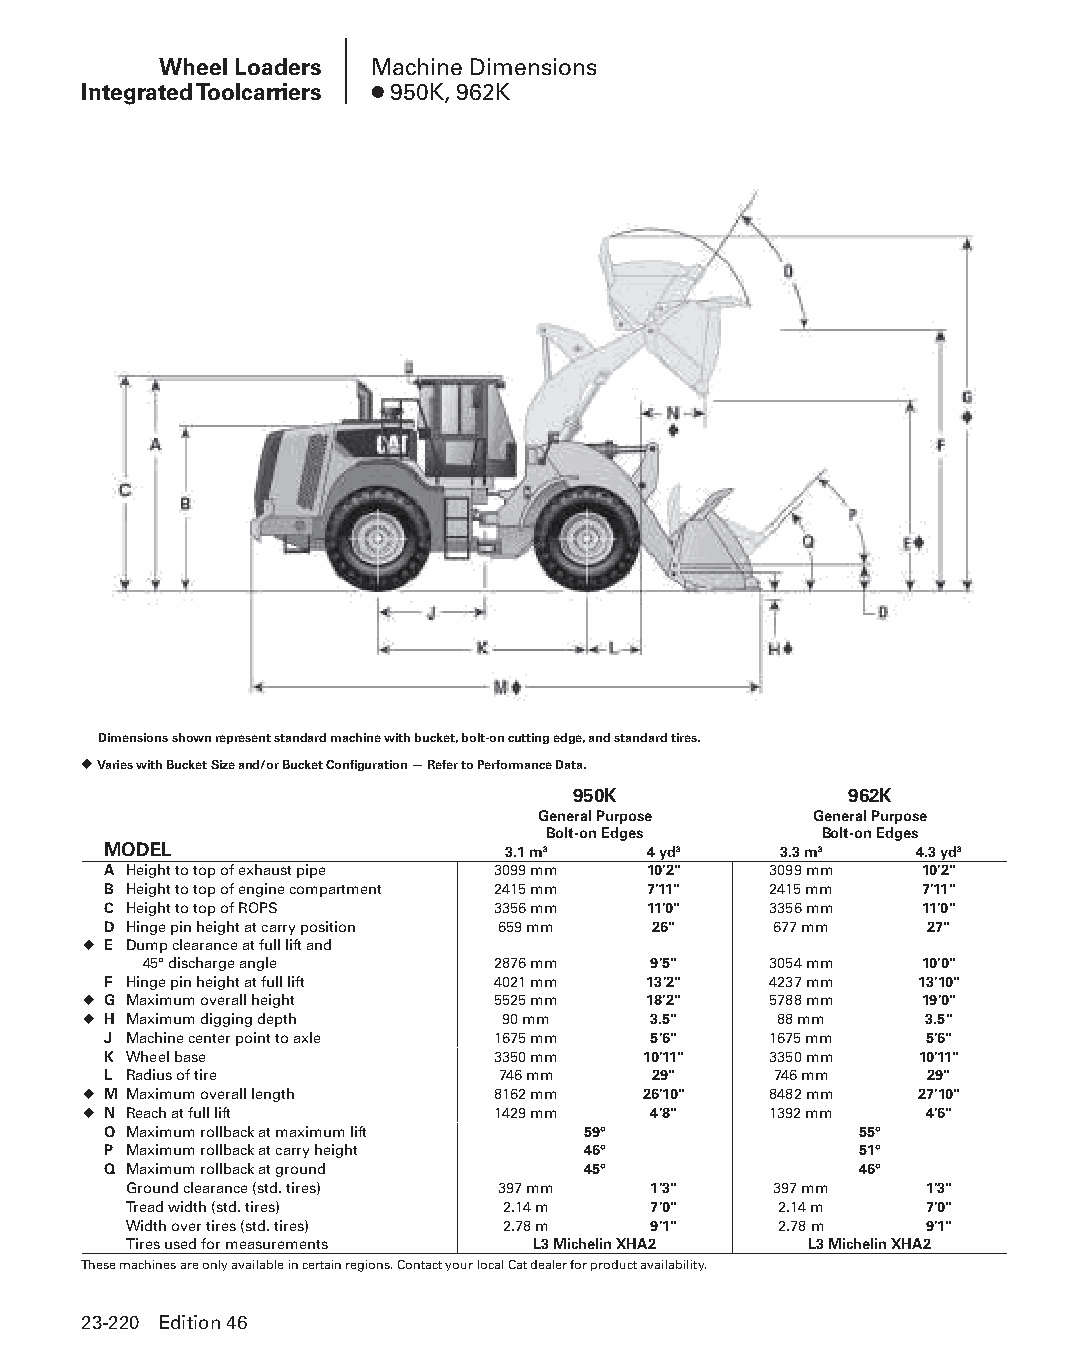
Wheel Loaders Machine Dimensions
 Integrated Toolcarriers ● 950K, 962K
 Dimensions shown represent standard machine with bucket, bolt-on cutting edge, and standard tires.
 ◆ Varies with Bucket Size and/or Bucket Configuration — Refer to Performance Data.
 950K               962K
 General Purpose   General Purpose
 Bolt-on Edges     Bolt-on Edges
 MODEL                      3.1 m3   4 yd3    3.3 m3   4.3 yd3
 A Height to top of exhaust pipe 3099 mm 10'2" 3099 mm 10'2"
 B Height to top of engine compartment 2415 mm 7'11" 2415 mm 7'11"
 C Height to top of ROPS   3356 mm   11'0"   3356 mm   11'0"
 D Hinge pin height at carry position 659 mm 26" 677 mm 27"
 ◆ E Dump clearance at full lift and
 45° discharge angle    2876 mm   9'5"    3054 mm   10'0"
 F Hinge pin height at full lift 4021 mm 13'2" 4237 mm 13'10"
 ◆ G Maximum overall height 5525 mm   18'2"   5788 mm   19'0"
 ◆ H Maximum digging depth   90 mm    3.5"     88 mm     3.5"
 J Machine center point to axle 1675 mm 5'6" 1675 mm    5'6"
 K Wheel base              3350 mm   10'11"  3350 mm   10'11"
 L Radius of tire          746 mm     29"     746 mm    29"
 ◆ M Maximum overall length 8162 mm   26'10"  8482 mm   27'10"
 ◆ N Reach at full lift     1429 mm   4'8"    1392 mm    4'6"
 O Maximum rollback at maximum lift 59°            55°
 P Maximum rollback at carry height 46°            51°
 Q Maximum rollback at ground    45°               46°
 Ground clearance (std. tires) 397 mm 1'3"  397 mm    1'3"
 Tread width (std. tires) 2.14 m   7'0"     2.14 m    7'0"
 Width over tires (std. tires) 2.78 m 9'1"  2.78 m    9'1"
 Tires used for measurements L3 Michelin XHA2 L3 Michelin XHA2
 These machines are only available in certain regions. Contact your local Cat dealer for product availability.
 23-220 Edition 46
 PPHHBB--SSeecc2233((ppgg220077--332244))..iinndddd 222200      1122//44//1155 22::1122 PPMM